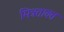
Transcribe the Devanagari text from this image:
मित्रतावत